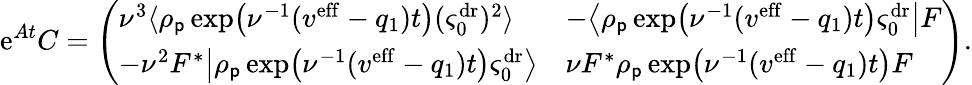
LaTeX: \mathrm{e}^{At}C=\left(\begin{array}{ll}{\nu^{3}\langle\rho_{\mathsf{p}}\exp\! \big(\nu^{-1}(v^{\mathrm{eff}}-q_{1})t\big)(\varsigma_{0}^{\mathrm{dr}})^{2}\rangle}&{-\big\langle\rho_{\mathsf{p}}\exp\! \big(\nu^{-1}(v^{\mathrm{eff}}-q_{1})t\big)\varsigma_{0}^{\mathrm{dr}}\big|F}\\ {-\nu^{2}F^{*}\big|\rho_{\mathsf{p}}\exp\! \big(\nu^{-1}(v^{\mathrm{eff}}-q_{1})t\big)\varsigma_{0}^{\mathrm{dr}}\big\rangle}&{\nu F^{*}\rho_{\mathsf{p}}\exp\! \big(\nu^{-1}(v^{\mathrm{eff}}-q_{1})t\big)F}\end{array}\right).